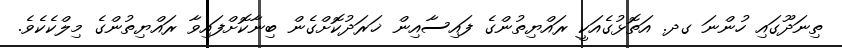
ތިނަދޫގައި ހުންނަ ގދ. އަތޮޅުގެއަކީ ރައްޔިތުންގެ ފައިސާއިން ޚަރަދުކޮށްގެން ބިނާކޮށްފައިވާ ރައްޔިތުންގެ މިލްކެކެވެ.